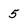
Character: 5